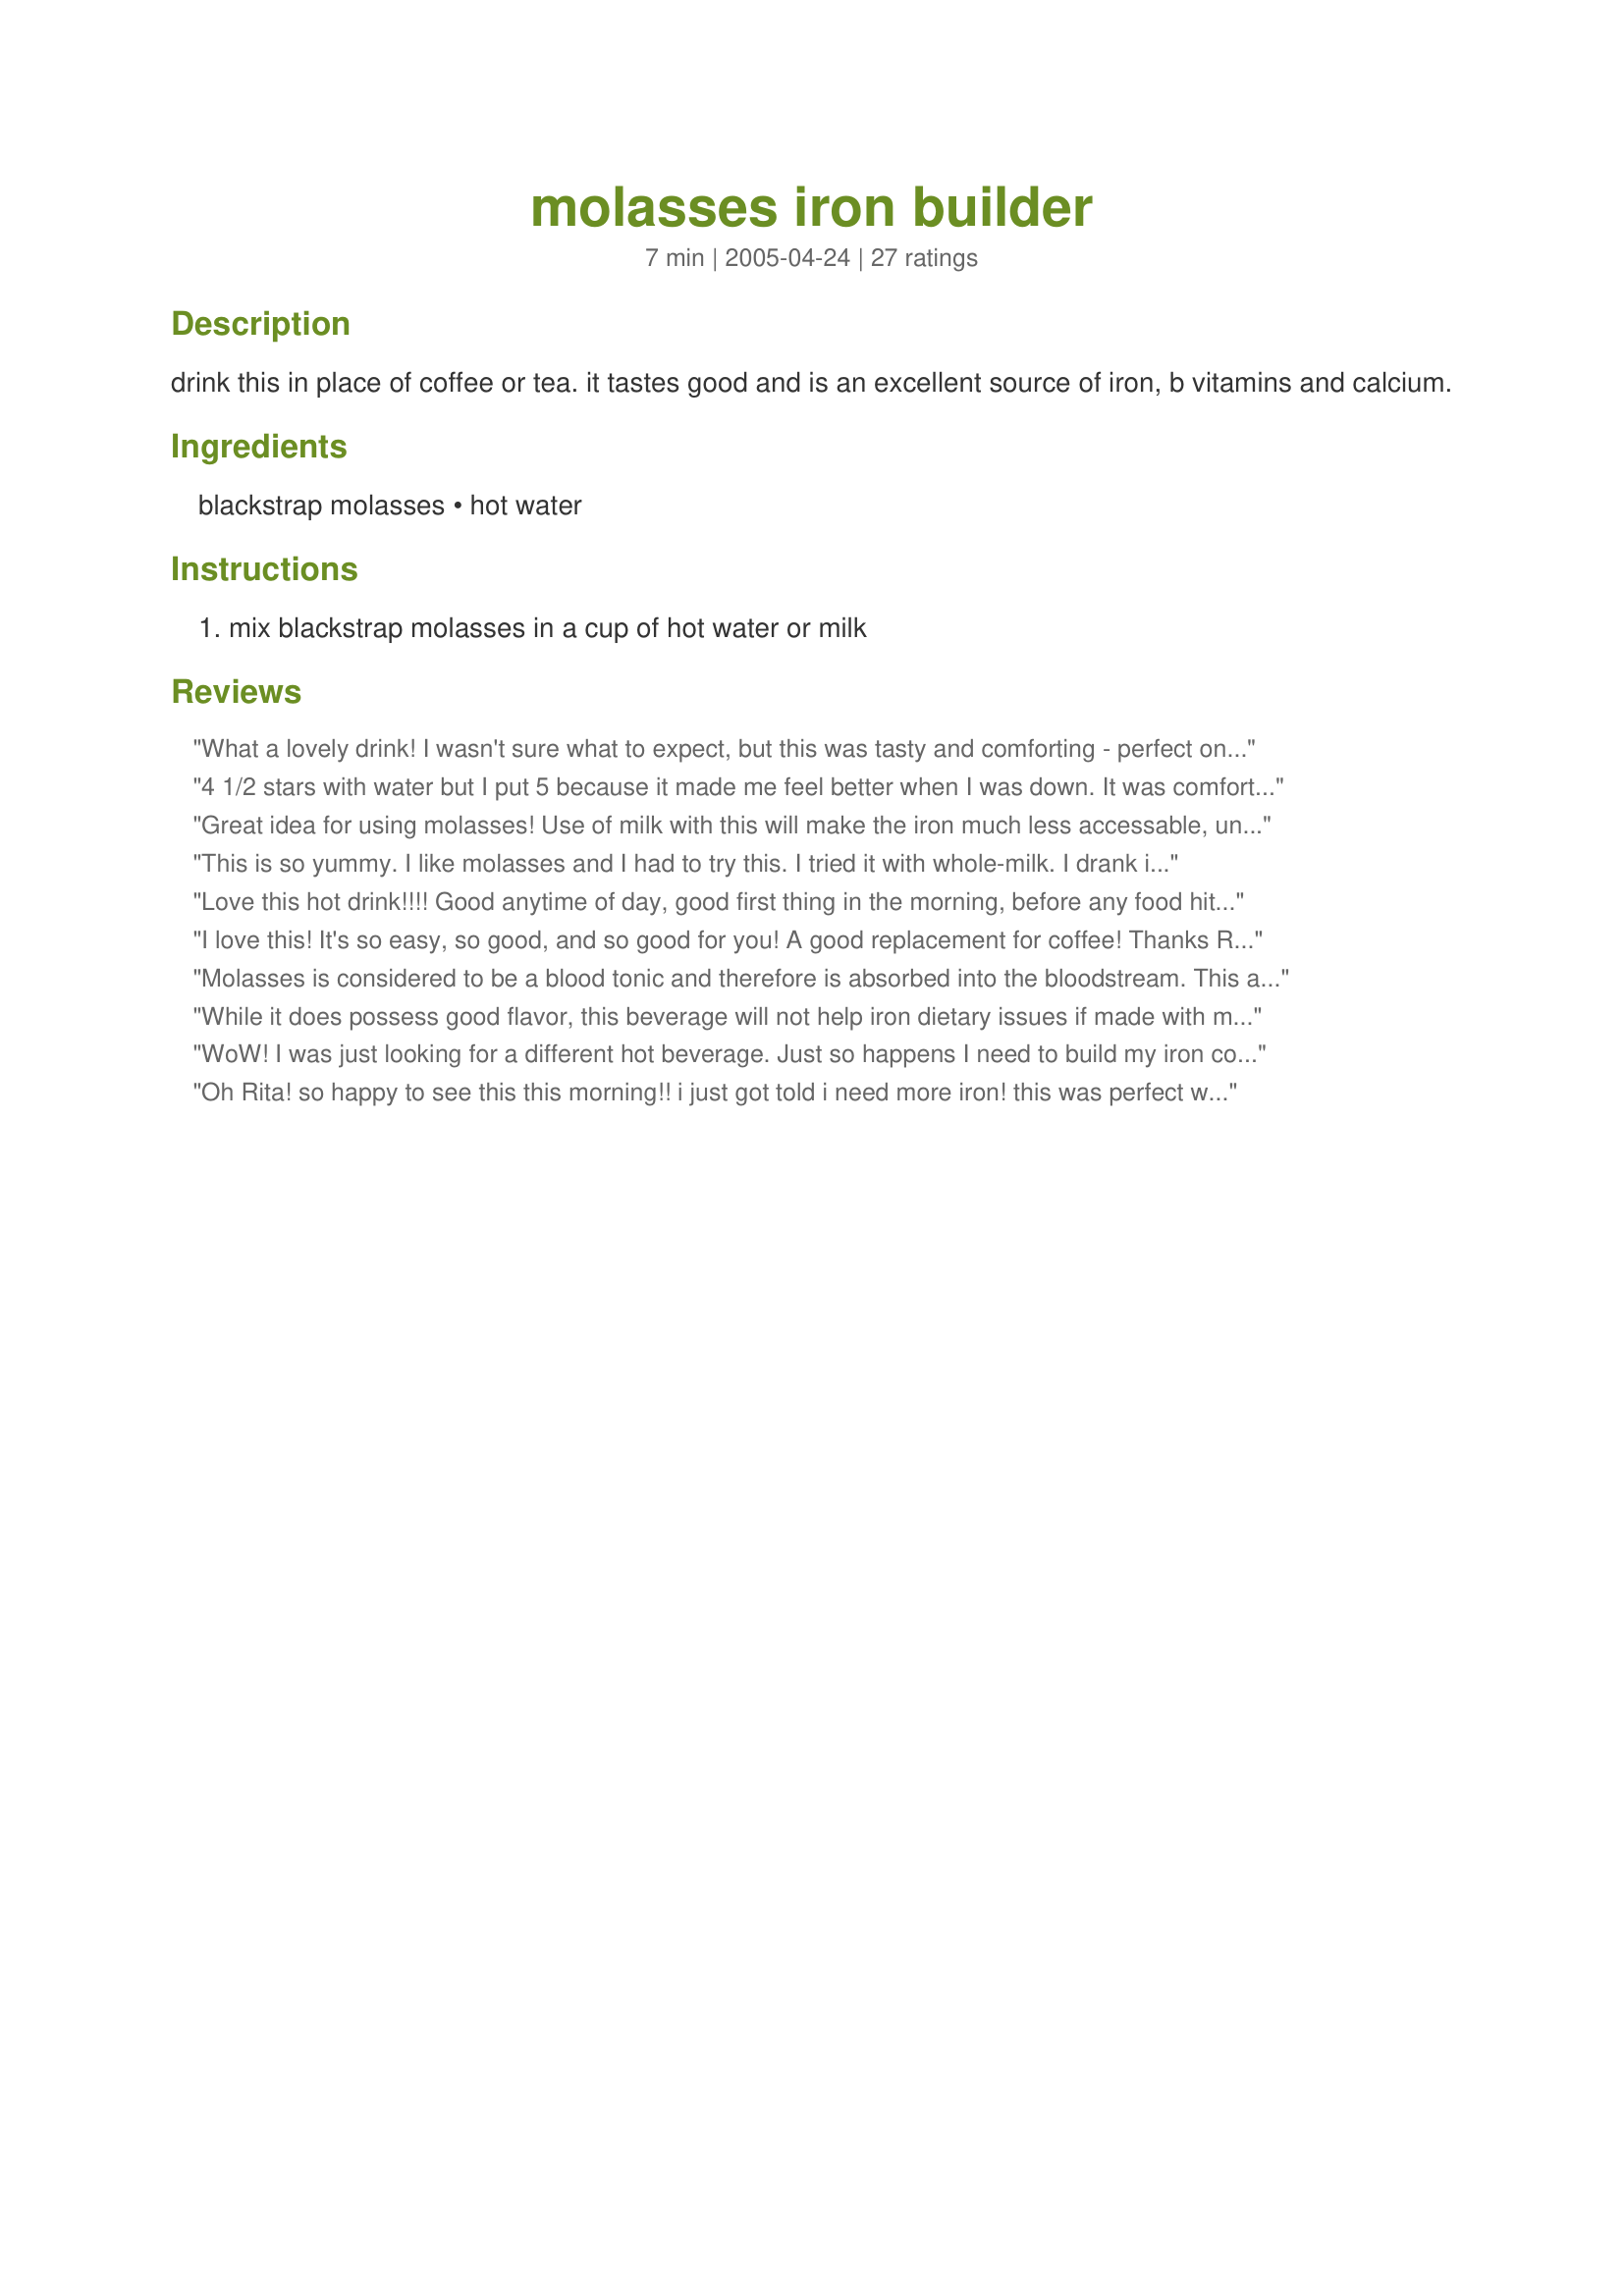
molasses iron builder
Preparation time: 7 minutes

drink this in place of coffee or tea. it tastes good and is an excellent source of iron, b vitamins and calcium.

Ingredients:
blackstrap molasses, hot water

Steps:
mix blackstrap molasses in a cup of hot water or milk

Reviews:
What a lovely drink! I wasn't sure what to expect, but this was tasty and comforting - perfect on the first snowy night of the year. I made it with hot milk -- haven't tried just water yet -- and the regular non-blackstrap molasses I had in the pantry. I will definitely be making it again. I love molasses in baking, but it's still surprising how well the flavor holds up on its own. I'm not sure how much it's doing for my iron levels (my molasses bottle says it's got about 4% of daily recommendation), but it tastes good enough that I don't care.
4 1/2 stars with water but I put 5 because it made me feel better when I was down. It was comforting and warm in the chilly weather and DD (toddler) loves it! We are dairy free so I just used water. I think this drink grows on you by the minute. I went back and made some more. I'm sure this would be an automatic 5 stars with milk. I may make this with a dairy substitute if I can find one I like that fits our diet. I did use fancy molasses and it was the perfect amount. I wonder how easily absorbed the iron is from this drink. I have had anemia in the past but I am drinking this for comfort even if I dont need iron. I will be making this again.
Great idea for using molasses! Use of milk with this will make the iron much less accessable, unfortunately, as calcium and iron work against each other. Thank you for sharing the recipe!
This is so yummy. I like molasses and I had to try this. I tried it with whole-milk. I drank it in less than 2 minutes. A bit too fast. Next time I'll have to take my time to enjoy it longer. I had regular molasses. Thanks Rita :) Made for Photo tag game
Love this hot drink!!!!
Good anytime of day, good first thing in the morning, before any food hits my stomach. Great as a coffee substitute. Thanks for posting!!
I love this! It's so easy, so good, and so good for you! A good replacement for coffee! Thanks Rita!
Molasses is considered to be a blood tonic and therefore is absorbed into the bloodstream.
This action of the molasses ensures a longer and healthlier life.
While it does possess good flavor, this beverage will not help iron dietary issues if made with milk. The calcium in the milk inhibits any significant iron absorption. To absorb the iron better with the water part this recipe is better enjoyed with something containing Vitamin C.
WoW! I was just looking for a different hot beverage. Just so happens I need to build my iron count for surgery. I love Chai tea it is however, it is expensive. This is tastes just as good and is a lot less expensive.
Oh Rita! so happy to see this this morning!! i just got told i need more iron! this was perfect way to get the day started for pumping iron! sooo much better than just gulping down tablespoons of iron! Thanks Rita!
This is one of those recipes that is so simple, yet I would never have thought of it on my own. I hate milk, so I've been looking for other sources of calcium: Enter, Blackstrap Molasses! I've made it with unsweetened vanilla Almond Breeze, and it's excellent with water too. Thanks for this excellent idea!
I used Unsulferred Blackstrap and Unsweetened Coconut Milk. If I don't think too much I can sense I'm back to my old coffee drinking ways! Thanks for an idea I NEVER would have thought of...now maybe I'll actually use my molasses. I'll try it will water tomorrow.
This is so relaxing! I made it with milk. So smooth. Mmmm!
Love this! A few sugguestions: I don't drink milk, so I use soymilk. Still very good! I actually use cold soymilk - I cover the blackstrap molasses with a bit of hot water and mix it up, then add soymilk. Tastes kinda like latte!
For my kids, I use chocolate soymilk or add some organic chocolate syrup (as long as it does not have HFCS)!
I'm an anemic gastric bypass patient 7 years post-op, and, if this helps, Yipee!!! I tried it with hot water 1st, as I don't need the extra calories from milk. It was okay flavor, but definitely I could get used to it! The iron working against dairy is something that I believe to be true, so I will probably try and drink it with a little soy, rice or coconut milk. Thanks!
Really enjoyed this, which surprised me. The proportions are a little different from the other one I've tried. I liked the warm skim milk with the molasses. Yum.
Great drink.
As a pregnant vegetarian who is a little anaemic, this drink is a godsend.I hate iron tablets as they can be constipating so between the liquid iron supplement, the cast iron cookware, and making sure I pick the higher iron foods, this is a very easy way of getting iron that requires very little thought and effort.
The kids also like it so it is also a good way of getting extra iron into them.
I saw a recent review of this and decided to give it a try. I just had regular and not blackstrap. I tried it in hot water and it was pretty tasty! I never would have thought about molasses in water or milk! It was a nice change from tea. Thanks Rita-
Roxygirl
wow! I am so glad I found this recipe! I love molasses and this drink is perfect! =P
Wow, this is excellent. I have been drinking hot milk for breakfast since the weather turned cold last month, usually with some cocoa or vanilla stirred into it, but I never would have thought of using molasses. I'm sorry to report that I only have dark molasses in the pantry, as I have never seen blackstrap in any of the stores here. But still, it makes a really delicious breakfast drink with at least SOME iron in it. Thanks for a great idea.
Thanks for this. For me I think 1/2 tbsp to 3/4 cup is best. I didn't think about how the calcium in milk will inhibit the iron. So, I'll make it with oat milk or almond milk. Thanks for sharing!
I love you Rita!! I tried this a couple nights ago with fancy molasses and I liked it so much that I went out the next day to buy a jar of blackstrap molasses so I could benefit from more than just the amazing taste. I made this exactly as you wrote it, with hot water, and I don't really think it needs the addition of milk. Then again, I'm already a very big milk drinker, so this makes for a nice change. Such a comforting beverage!
Delicious with almond milk!<br/>Made it first with water,didn't like it this way.It brought out the iron flavor of the molasses.<br/>update: made with full fat coconut milk and drank a small espresso cup full before bed-its even better with the coconut milk
MMMMMM! Delicious! So easy. I used milk and at least 1 1/2 tablespoons of regular molasses. I will be making this again.
Awesome! I made it with hot skim milk this morning. Tomorrow I'll use it to make my oatmeal!
Thanks for a great idea.
This simple drink recipe shocks me!!
I'm sitting here sipping it as I type , and it is SO GOOD!
I love molasses anyway, and I used the milk, rather than the water. I will try the water on my next cup (maybe LOL , I really REALLY like it with the milk)
It's just a warm satisfying drink, that I could easily use to replace my coffee with!!!
Thanks so much for posting!!
